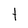
Character: t